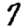
Digit: 7